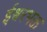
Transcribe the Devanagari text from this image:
ईश्र्वरभक्त